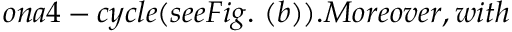
o n a 4 - c y c l e ( s e e F i g . ~ ( b ) ) . M o r e o v e r , w i t h